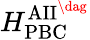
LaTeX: H_{\mathrm{PBC}}^{\mathrm{AII}^{\dag}}